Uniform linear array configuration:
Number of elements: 16
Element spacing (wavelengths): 0.25
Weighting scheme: cosine
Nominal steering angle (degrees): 45
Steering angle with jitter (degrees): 46.997
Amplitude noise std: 0.05
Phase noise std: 0.05

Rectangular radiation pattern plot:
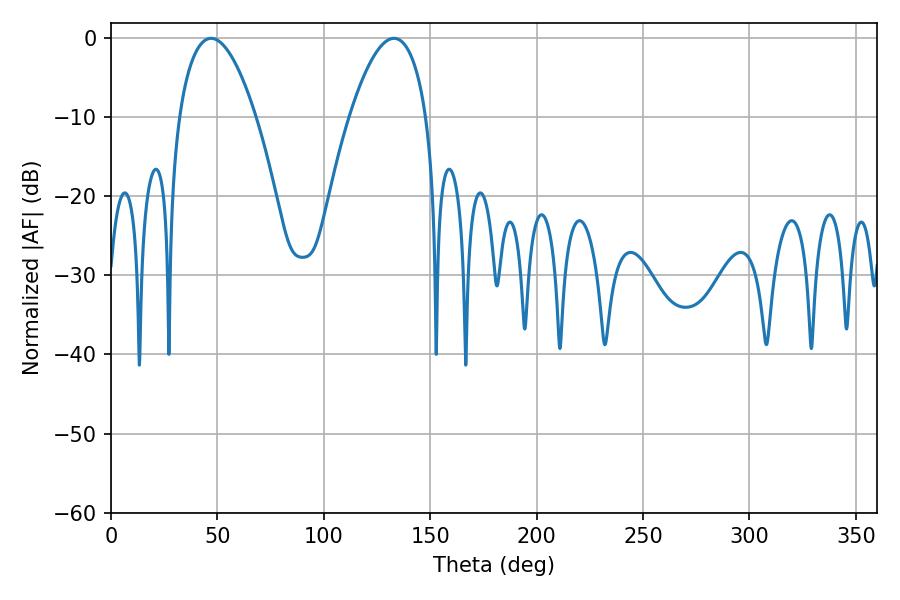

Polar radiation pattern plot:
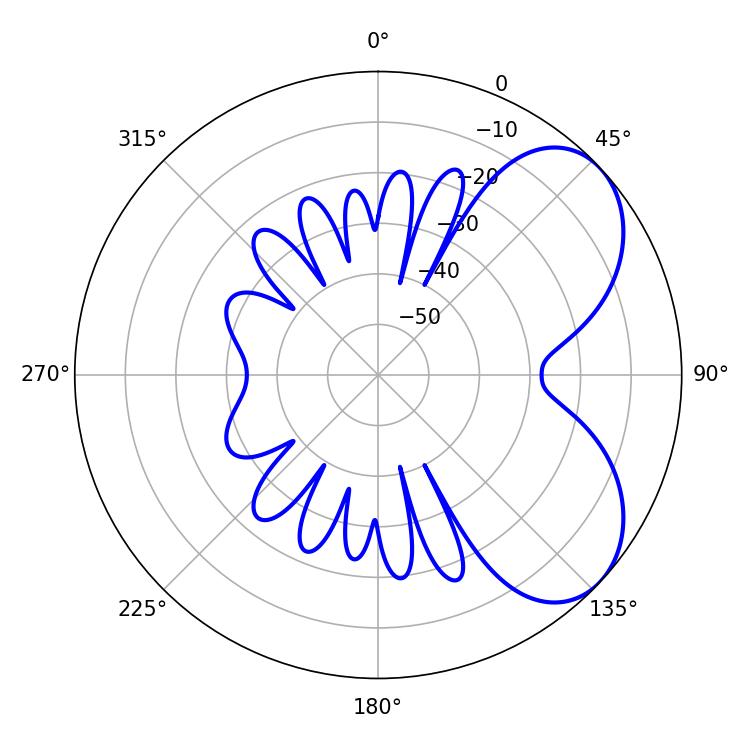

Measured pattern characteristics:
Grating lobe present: FALSE
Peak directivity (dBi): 5.577
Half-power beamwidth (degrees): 19.98
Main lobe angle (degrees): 46.98